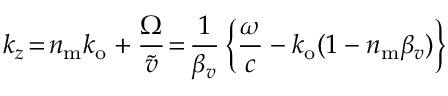
k _ { z } \! = \! n _ { \mathrm { m } } k _ { \mathrm { o } } + \frac { \Omega } { \widetilde { v } } \! = \! \frac { 1 } { \beta _ { v } } \left\{ \frac { \omega } { c } - k _ { \mathrm { o } } ( 1 - n _ { \mathrm { m } } \beta _ { v } ) \right\}